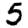
Digit: 5